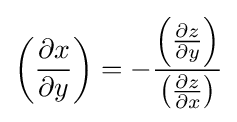
\left({\frac {\partial x}{\partial y}}\right)=-{\frac {\left({\frac {\partial z}{\partial y}}\right)}{\left({\frac {\partial z}{\partial x}}\right)}}